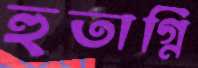
হুতাগ্নি